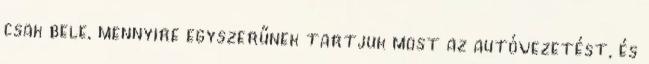
csak bele, mennyire egyszerűnek tartjuk most az autóvezetést, és